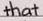
that